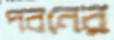
পবনের